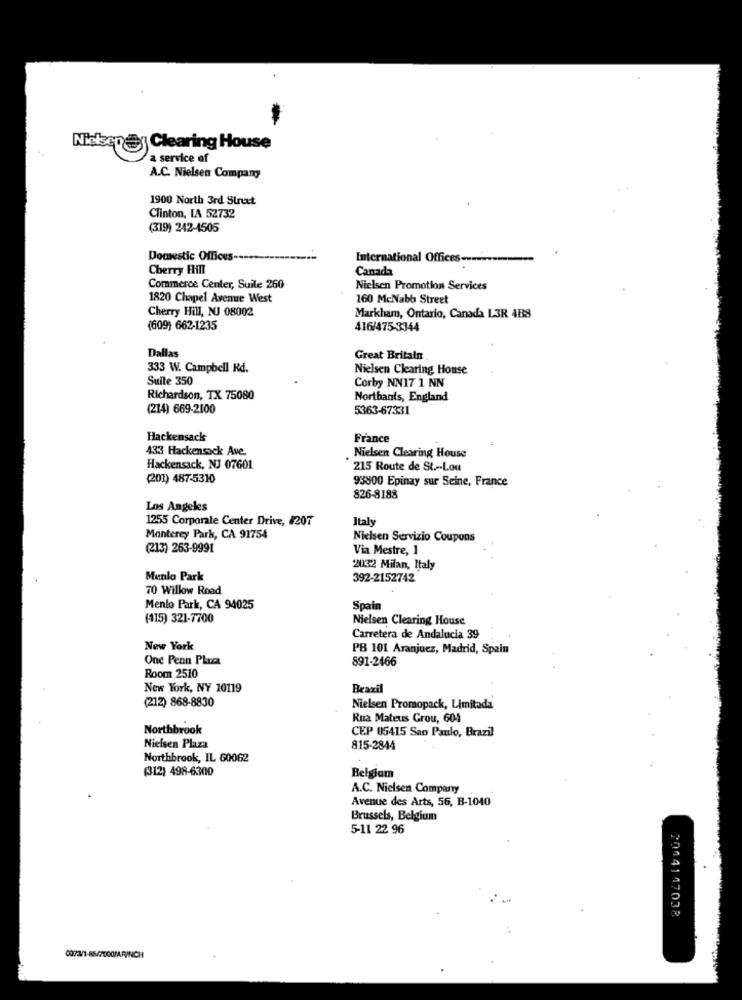
Nietsen@ Clearing House
a service of
A.C. Nielsen Company
1900 North 3rd Street
Clinton, LA 52732
(319) 242-4505
Domestic Offices-
International Offices ---
Cherry Hill
Canada
Commerce Center, Suile 260
Nielsen Promotion Services
1820 Chapel Avemre West
160 McNabb Street
Cherry Hill, NJ 08002
Markham, Ontario, Canada L3R 488
(609) 662-1235
416/475-3344
Dallas
Great Britain
333 W. Campbell Rd.
Nielsen Clearing House
Suite 350
Corby NN17 1 NN
Richardson, TX 75080
Northants, England
(214) 669-2100
5363-67331
Hackensack
France
433 Hackensack Ave
Nielsen Clearing House
Hackensack, NJ 07601
215 Route de St .-- Lou
(201) 487-5310
93800 Epinay sur Seine, France
826-8188
Los Angeles
1255 Corporate Center Drive, #207
Italy
Monterey Park, CA 91754
Nielsen Servizio Coupons
(213) 263-9991
Via Mestre, 1
2032 Milan, Italy
Menlo Park
392-2152742
70 Willow Road
Menlo Park, CA 94025
Spain
(115) 321-7700
Nielsen Clearing House
Carretera de Andalucia 39
New York
PB 101 Aranjuez, Madrid, Spain
One Penn Phone
891-2466
Room 2510
New York, NY 10119
Brazil
(212) 868-8830
Nielsen Promopack, Limitada
Rua Mateus Grou, 604
Northbrook
CEP 05415 Sao Paulo, Brazil
Nielsen Plaza
815-2844
Northbrook, IL 60062
(312) 498-6300
Belgiam
A.C. Nielsen Company
Avenue des Arts, 56, B-1040
Brussels, Belgium
5-11 22 96
2044147038